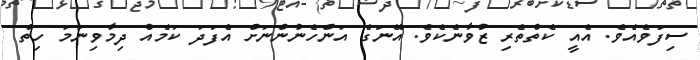
ސިފަވެއެވެ. އެއީ ކެތްތެރި ޒުވާނެކެވެ. އޭނަގެ އަންހެނުންނަށް އެފަދަ ކަމެއް ދިމާވިނަމަ ހިތް